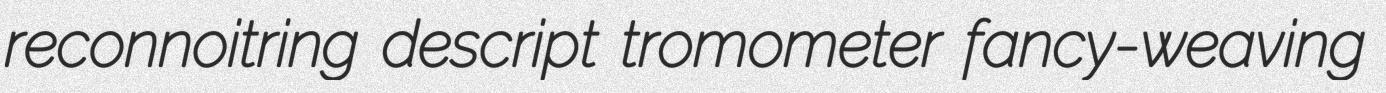
reconnoitring descript tromometer fancy-weaving